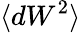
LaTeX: \langle dW^{2}\rangle